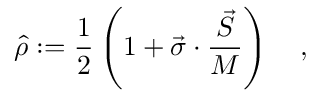
\hat { \rho } : = \frac { 1 } { 2 } \left( 1 + \vec { \sigma } \cdot \frac { \vec { S } } { M } \right) \quad ,